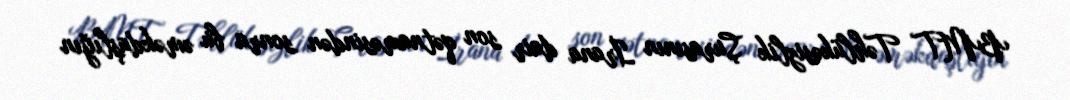
BMT Təhlükəsizlik Şurasının İrana dair son qətnaməsindən sonra bu əməkdaşlığın